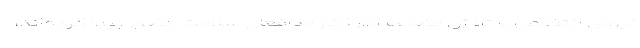
نیروی انتظامی با تلاش مضاعف در کنار مدافعان سلامت حضور پیدا کرده‌اند،